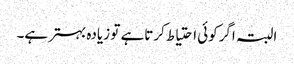
البتہ اگرکوئی احتیاط کرتاہے تو زیادہ بہترہے۔